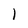
Character: l